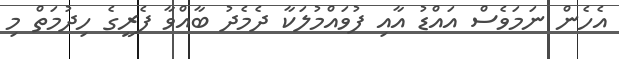
އެހެން ނަމަވެސް އައްޑު އާއި ފުވައްމުލަކާ ދެމެދު ބާއްވާ ފެރީގެ ހިދުމަތް މި